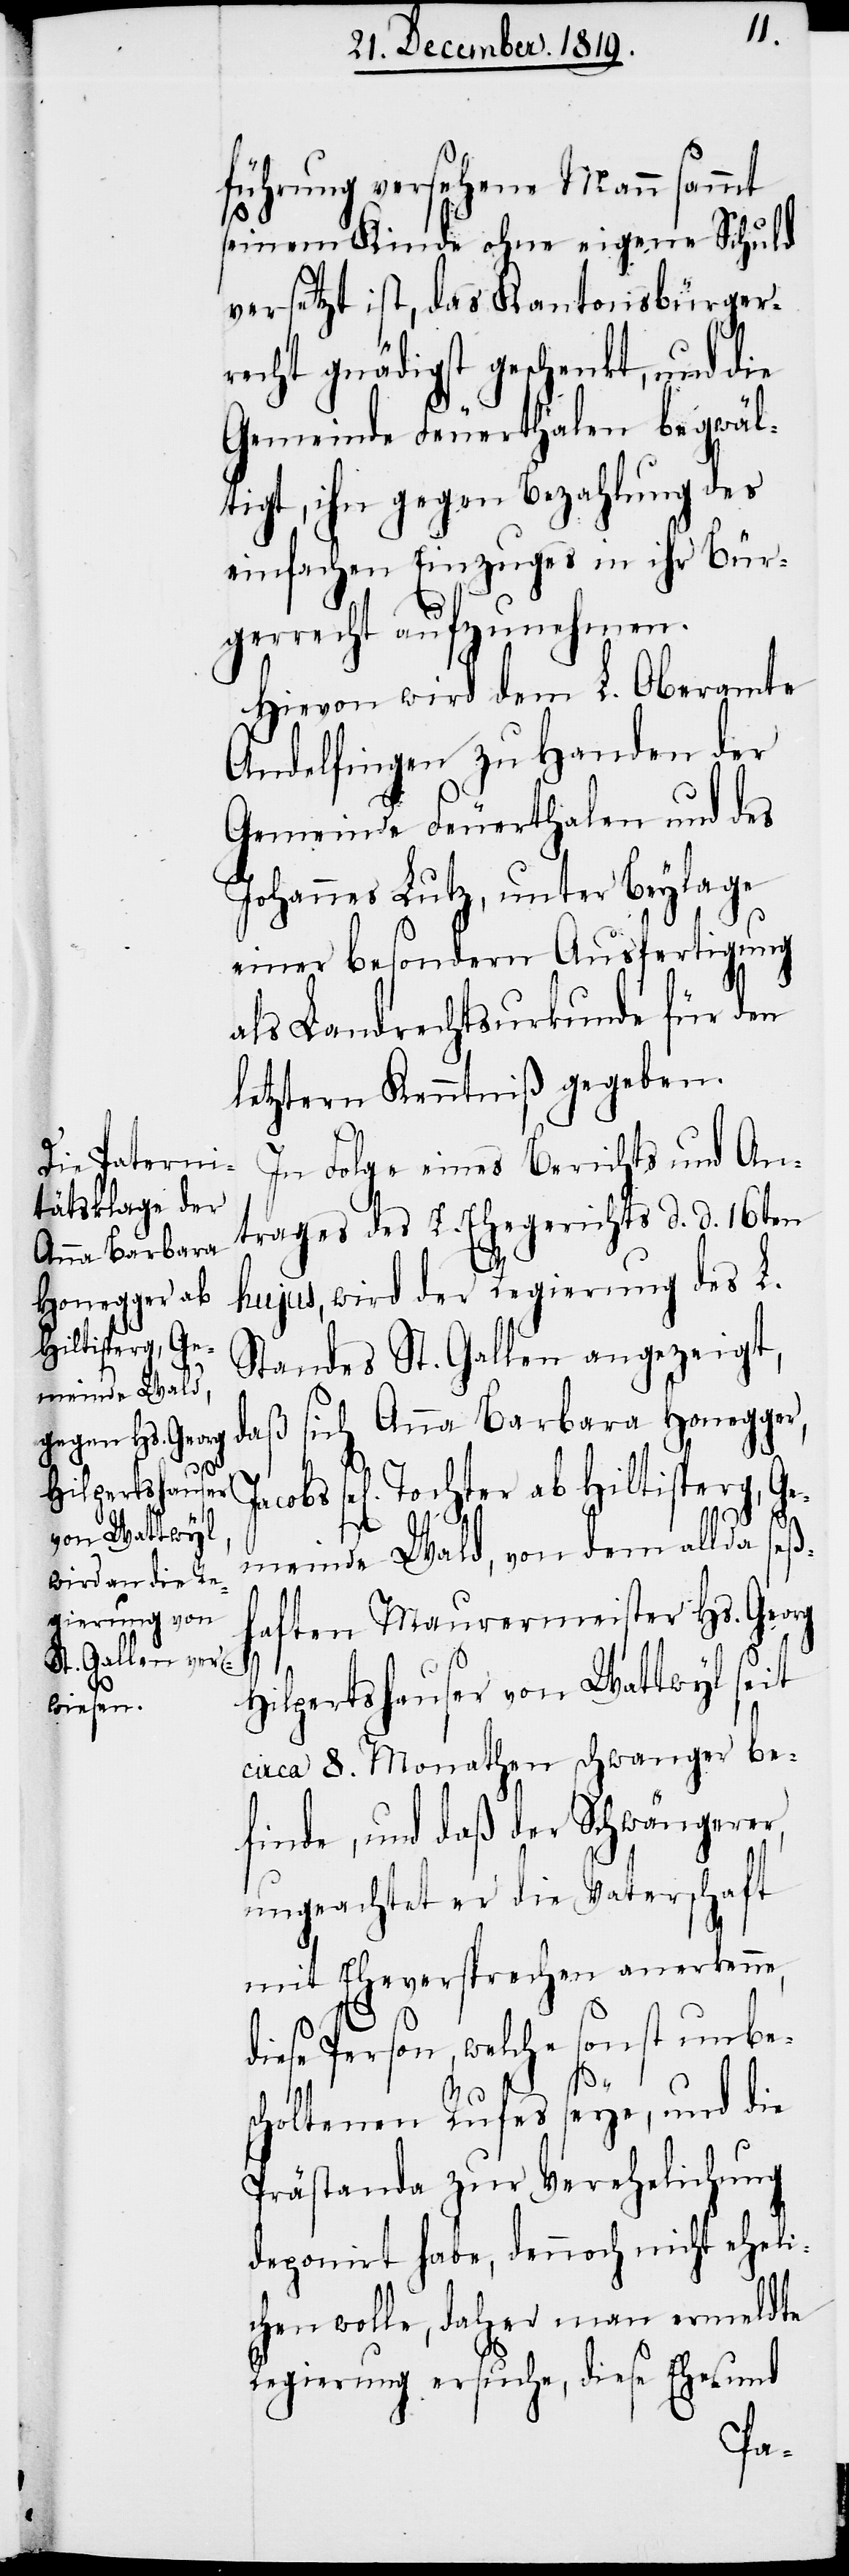
führung versehene Mann sammt
seinem Kinde ohne eigene Schuld
versetzt ist, das Kantonsbürger¬
recht gnädigst geschenkt, und die
Gemeinde Feuerthalen begwäl¬
tigt, ihn gegen Bezahlung des
einfachen Einzuges in ihr Bür¬
gerrecht aufzunehmen.
Hievon wird dem L. Oberamte
Andelfingen zu Handen der
Gemeinde Feuerthalen und des
Johannes Lutz, unter Beylage
einer besondern Ausfertigung
als Landrechtsurkunde für den
letztern Kenntniß gegeben.
In Folge eines Berichts und An¬
trages des E. Ehegerichts d. d. 16ten
hujus, wird der Regierung des L.
Standes St. Gallen angezeigt,
daß sich Anna Barbara Honegger,
sel[igen] Tochter ab Hiltisperg, Ge¬
meinde Wald, von dem allda seß¬
haften Maurermeister Hs. Georg
Hilpertshauser von Wattwyl seit
circa 8. Monathen schwanger be¬
finde, und daß der Schwängerer,
ungeachtet er die Vaterschaft
mit Eheversprechen anerkenne,
diese Person, welche sonst unbe¬
sc¬
holtenen Rufes seye, und die
Prästanda zur Verehelichung
deponirt habe, dennoch nicht eheli¬
chen wolle, daher man ermeldte
Regierung ersuche, diese Ehe- und